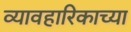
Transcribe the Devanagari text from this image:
व्यावहारिकाच्या